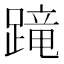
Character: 𨃸